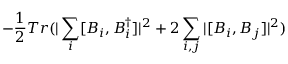
- \frac { 1 } { 2 } T r ( | \sum _ { i } [ B _ { i } , B _ { i } ^ { \dagger } ] | ^ { 2 } + 2 \sum _ { i , j } | [ B _ { i } , B _ { j } ] | ^ { 2 } )